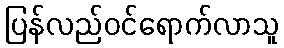
ပြန်လည်ဝင်ရောက်လာသူ